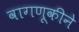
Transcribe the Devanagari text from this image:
वागणूकीने